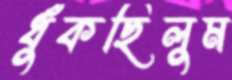
ধুঁকছিলুম